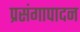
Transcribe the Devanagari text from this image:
प्रसंगापादन